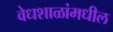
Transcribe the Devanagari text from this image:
वेधशाळांमधील